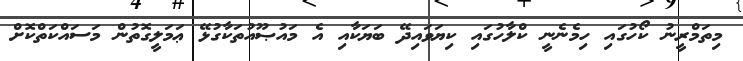
މިތަމްރީނު ކޯހުގައި ހިމެނެނީ ކްލާހުގައި ކިޔަވައިދޭ ބަޔަކާއި އެ މައުޞޫއުތަކާގުޅޭ ޢަމަލީގޮތުން މަސައްކަތްކޮށް